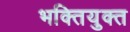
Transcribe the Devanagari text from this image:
भक्तियुक्‍त